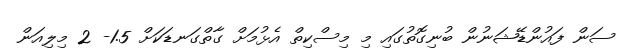
ސަން ފައުންޑޭޝަނުން ބުނިގޮތުގައި މި މިސްކިތް އެޅުމަށް ގާތްގަނޑަކަށް 1.5- 2 މިލިއަން